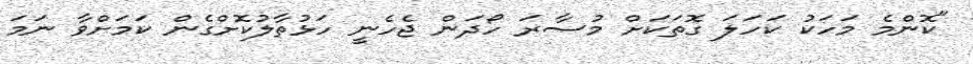
"ކޮންމެ މަހަކު ކަހަލަ ގޮތަކަށް މުސާރަ ހޯދަން ޖެހެނީ ހަޅުތާލުކޮށްގެން ކަމަށްވާ ނަމަ